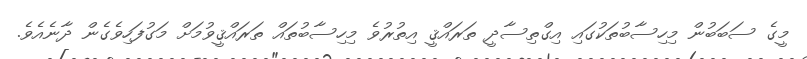
މީގެ ސަބަބުން މިހިސާބުތަކުގައި އިގްތިސާދީ ތަރައްޤީ އިތުރުވެ މިހިސާބުތައް ތަރައްޤީވުމަށް މަގުފަހިވެގެން ދާނެއެވެ.